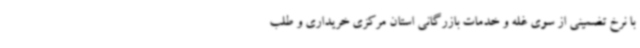
با نرخ تضمینی از سوی غله و خدمات بازرگانی استان مرکزی خریداری و طلب